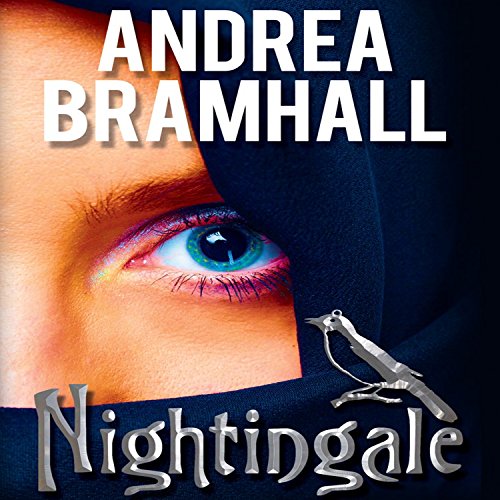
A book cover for Nightingale; Andrea Bramhall; Romance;